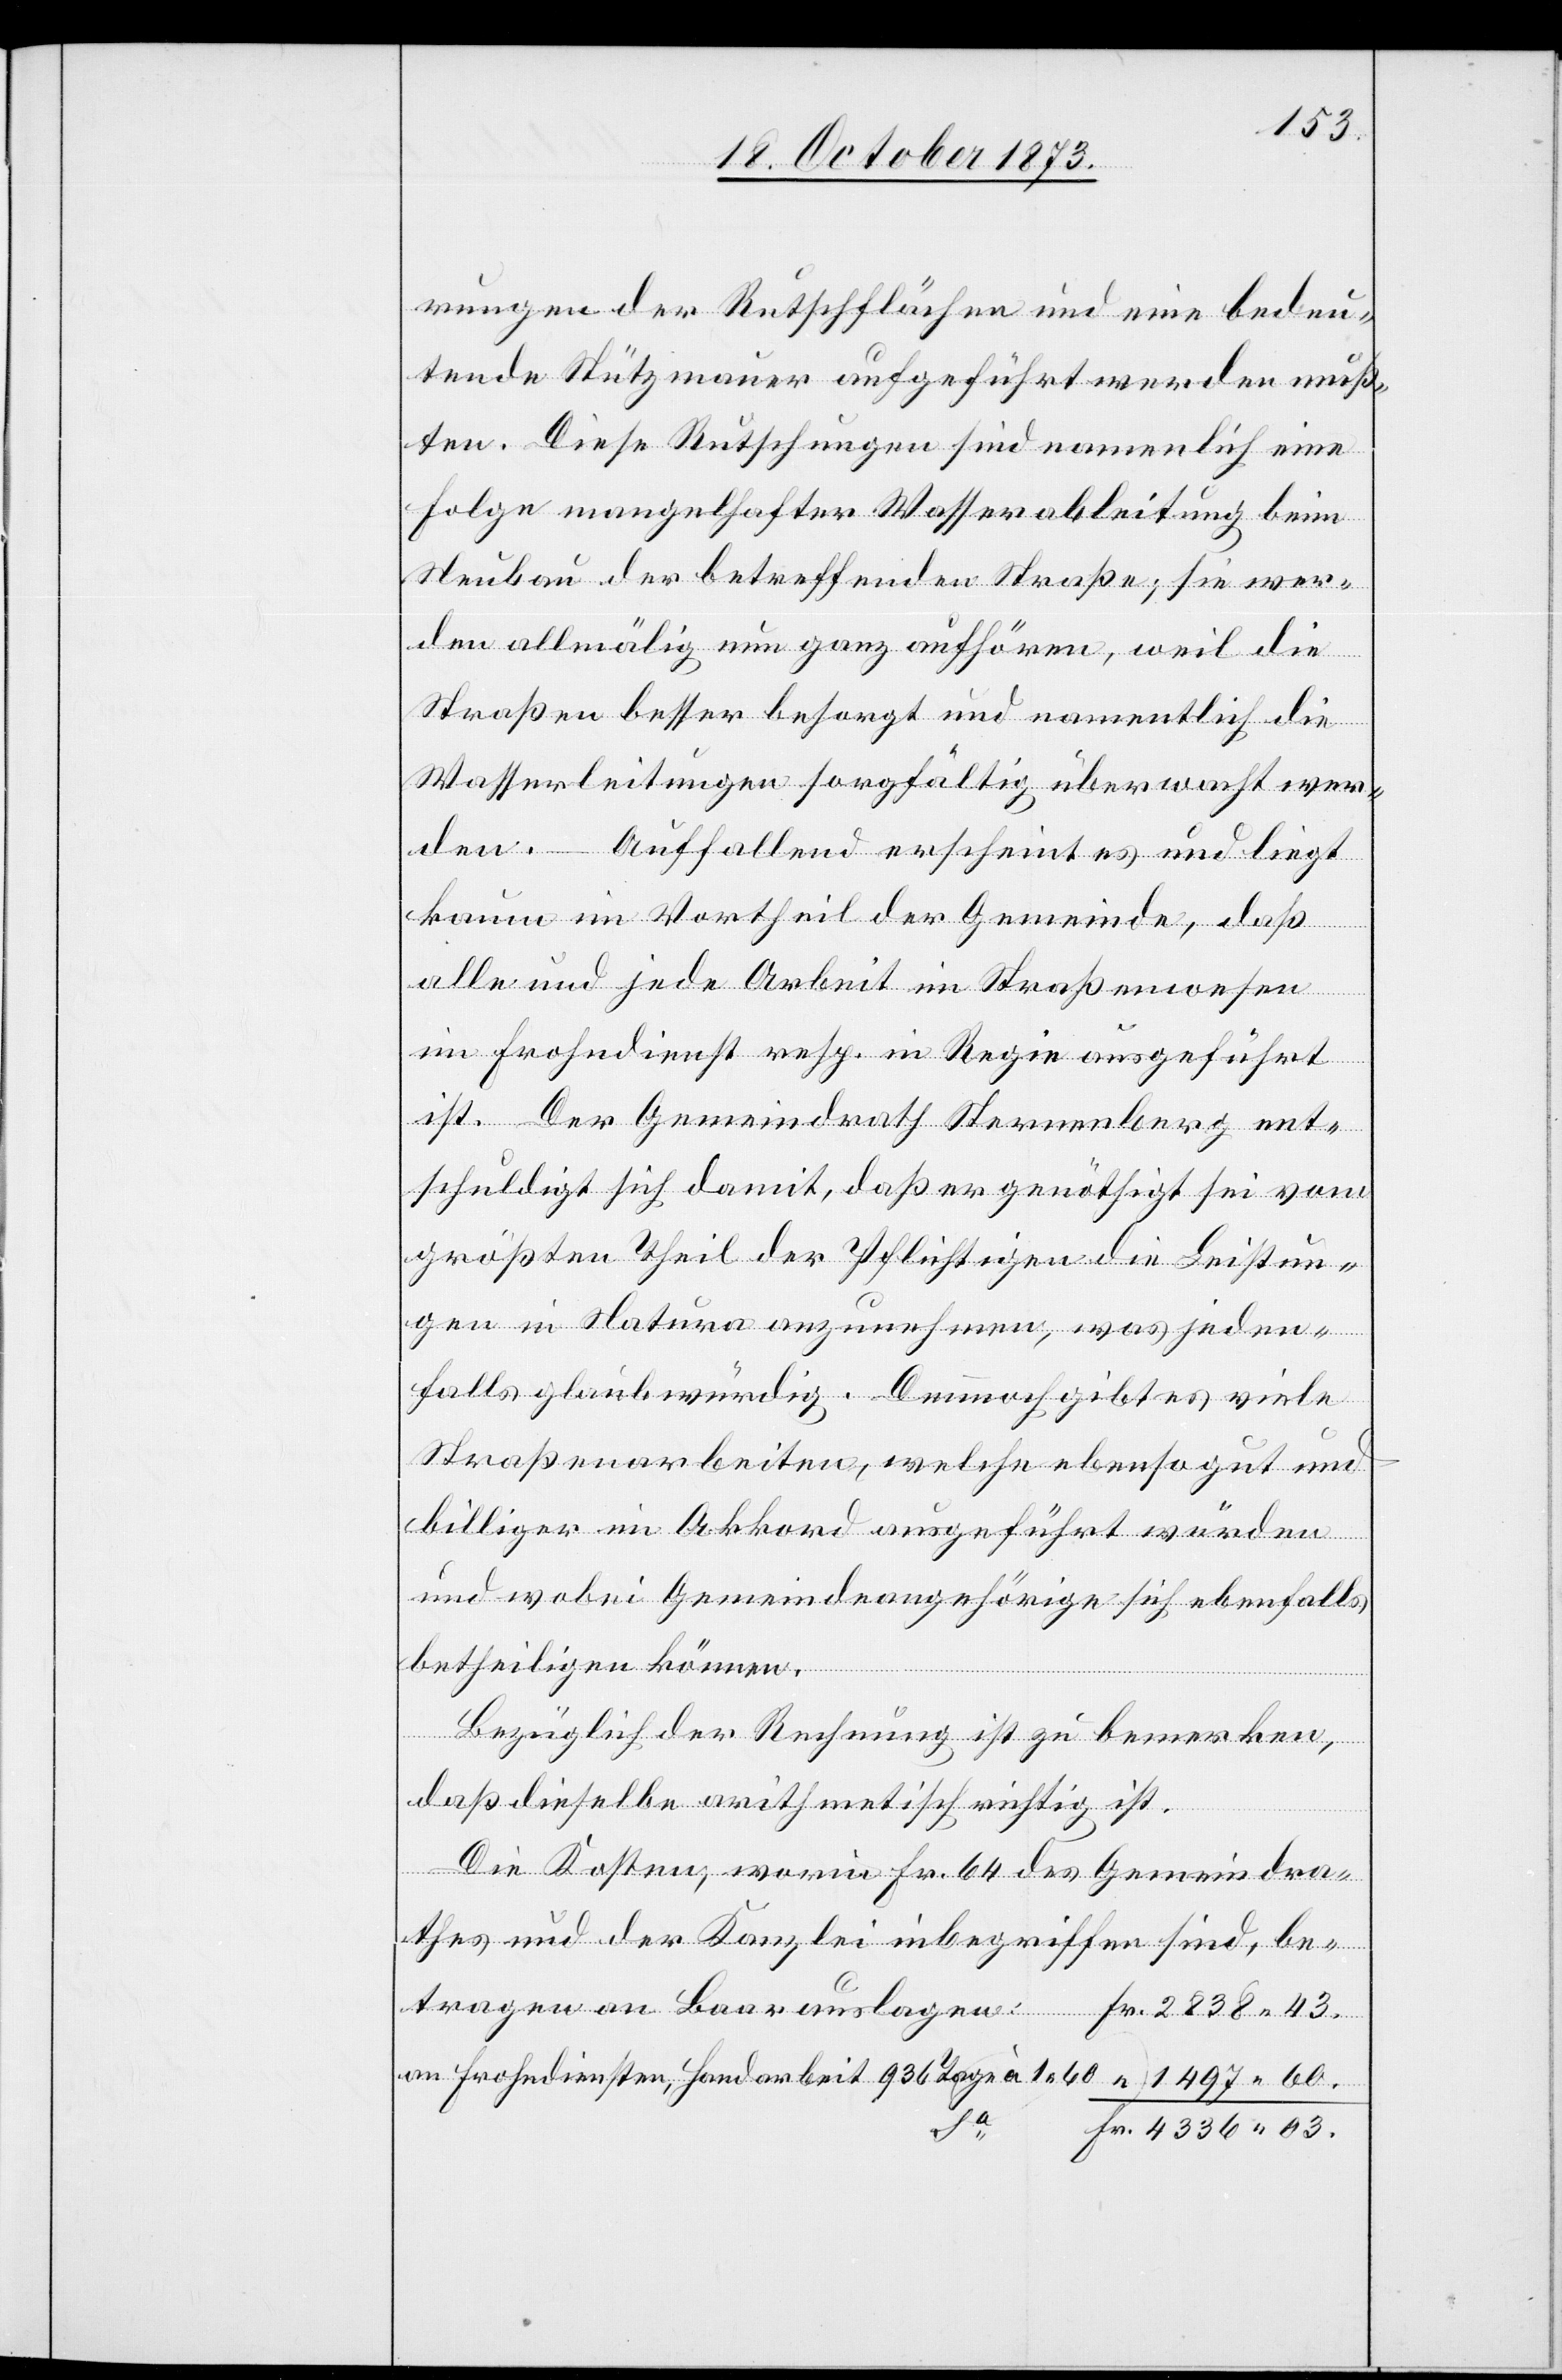
rungen der Rutschflächen und eine bedeu¬
tende Stützmauer aufgeführt werden muß¬
ten. Diese Rutschungen sind namenlich eine
Folge mangelhafter Wasserableitung beim
Neubau der betreffenden Straße; sie wer¬
den allmälig nun ganz aufhören, weil die
Straßen besser besorgt und namentlich die
Wasserleitungen sorgfältig überwacht wer¬
den. – Auffallend erscheint es und liegt
kaum im Vortheil der Gemeinde, daß
alle und jede Arbeit im Straßenwesen
im Frohndienst resp. in Regie ausgeführt
ist. Der Gemeindrath Sternenberg ent¬
schuldigt sich damit, daß er genöthigt sei vom
größten Theil der Pflichtigen die Leistun¬
gen in Natura anzunnehmen, was jeden¬
falls glaubwürdig. Dennnoch gibt es viele
Straßenarbeiten, welche ebenso gut und
billiger im Akkord ausgeführt würden
und wobei Gemeindeangehörige sich ebenfalls
betheiligen können.
Bezüglich der Rechnung ist zu bemerken,
daß dieselbe arithmetisch richtig ist.
Die Kosten, worin Fr. 64 des Gemeindra¬
thes und der Kanzlei inbegriffen sind, be¬
an Frohndiensten, Handarbeit 936 Tage à 1 60
03.